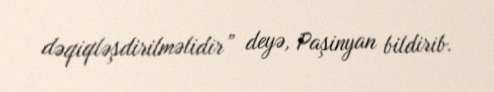
dəqiqləşdirilməlidir” deyə, Paşinyan bildirib.